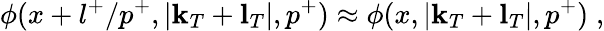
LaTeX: \phi(x+l^{+}/p^{+},|{\mathbf k}_{T}+{\mathbf l}_{T}|,p^{+})\approx\phi(x,|{\mathbf k}_{T}+{\mathbf l}_{T}|,p^{+})\; ,